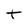
Character: t